Source: Computer-generated
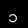
Digit: ၁ (1)